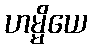
ဟမ္မိယေ